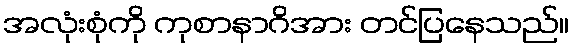
အလုံးစုံကို ကုစာနာဂိအား တင်ပြနေသည်။